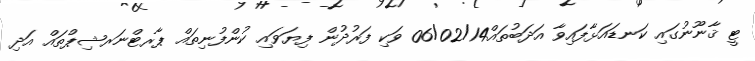
ޓީ ޤާނޫނުގައި ކަނޑައަޅާފައިވާ އަދަބުތައް06/02/14 ވަކި ފަރުދުން ފިޔަވައި ކުންފުނިތައް ޕާރޓްނަރޝިޕްތައް އަދި